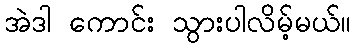
အဲဒါ ကောင်း သွားပါလိမ့်မယ်။